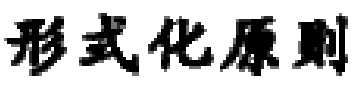
形式化原则